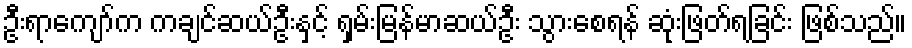
ဦးရာကျော်က ကချင်ဆယ်ဦးနှင့် ရှမ်းမြန်မာဆယ်ဦး သွားစေရန် ဆုံးဖြတ်ရခြင်း ဖြစ်သည်။